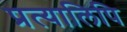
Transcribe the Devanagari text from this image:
प्रत्यालिपि